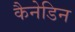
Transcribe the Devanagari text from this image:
कैनेडिन